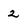
Character: 2